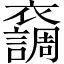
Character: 𧞴